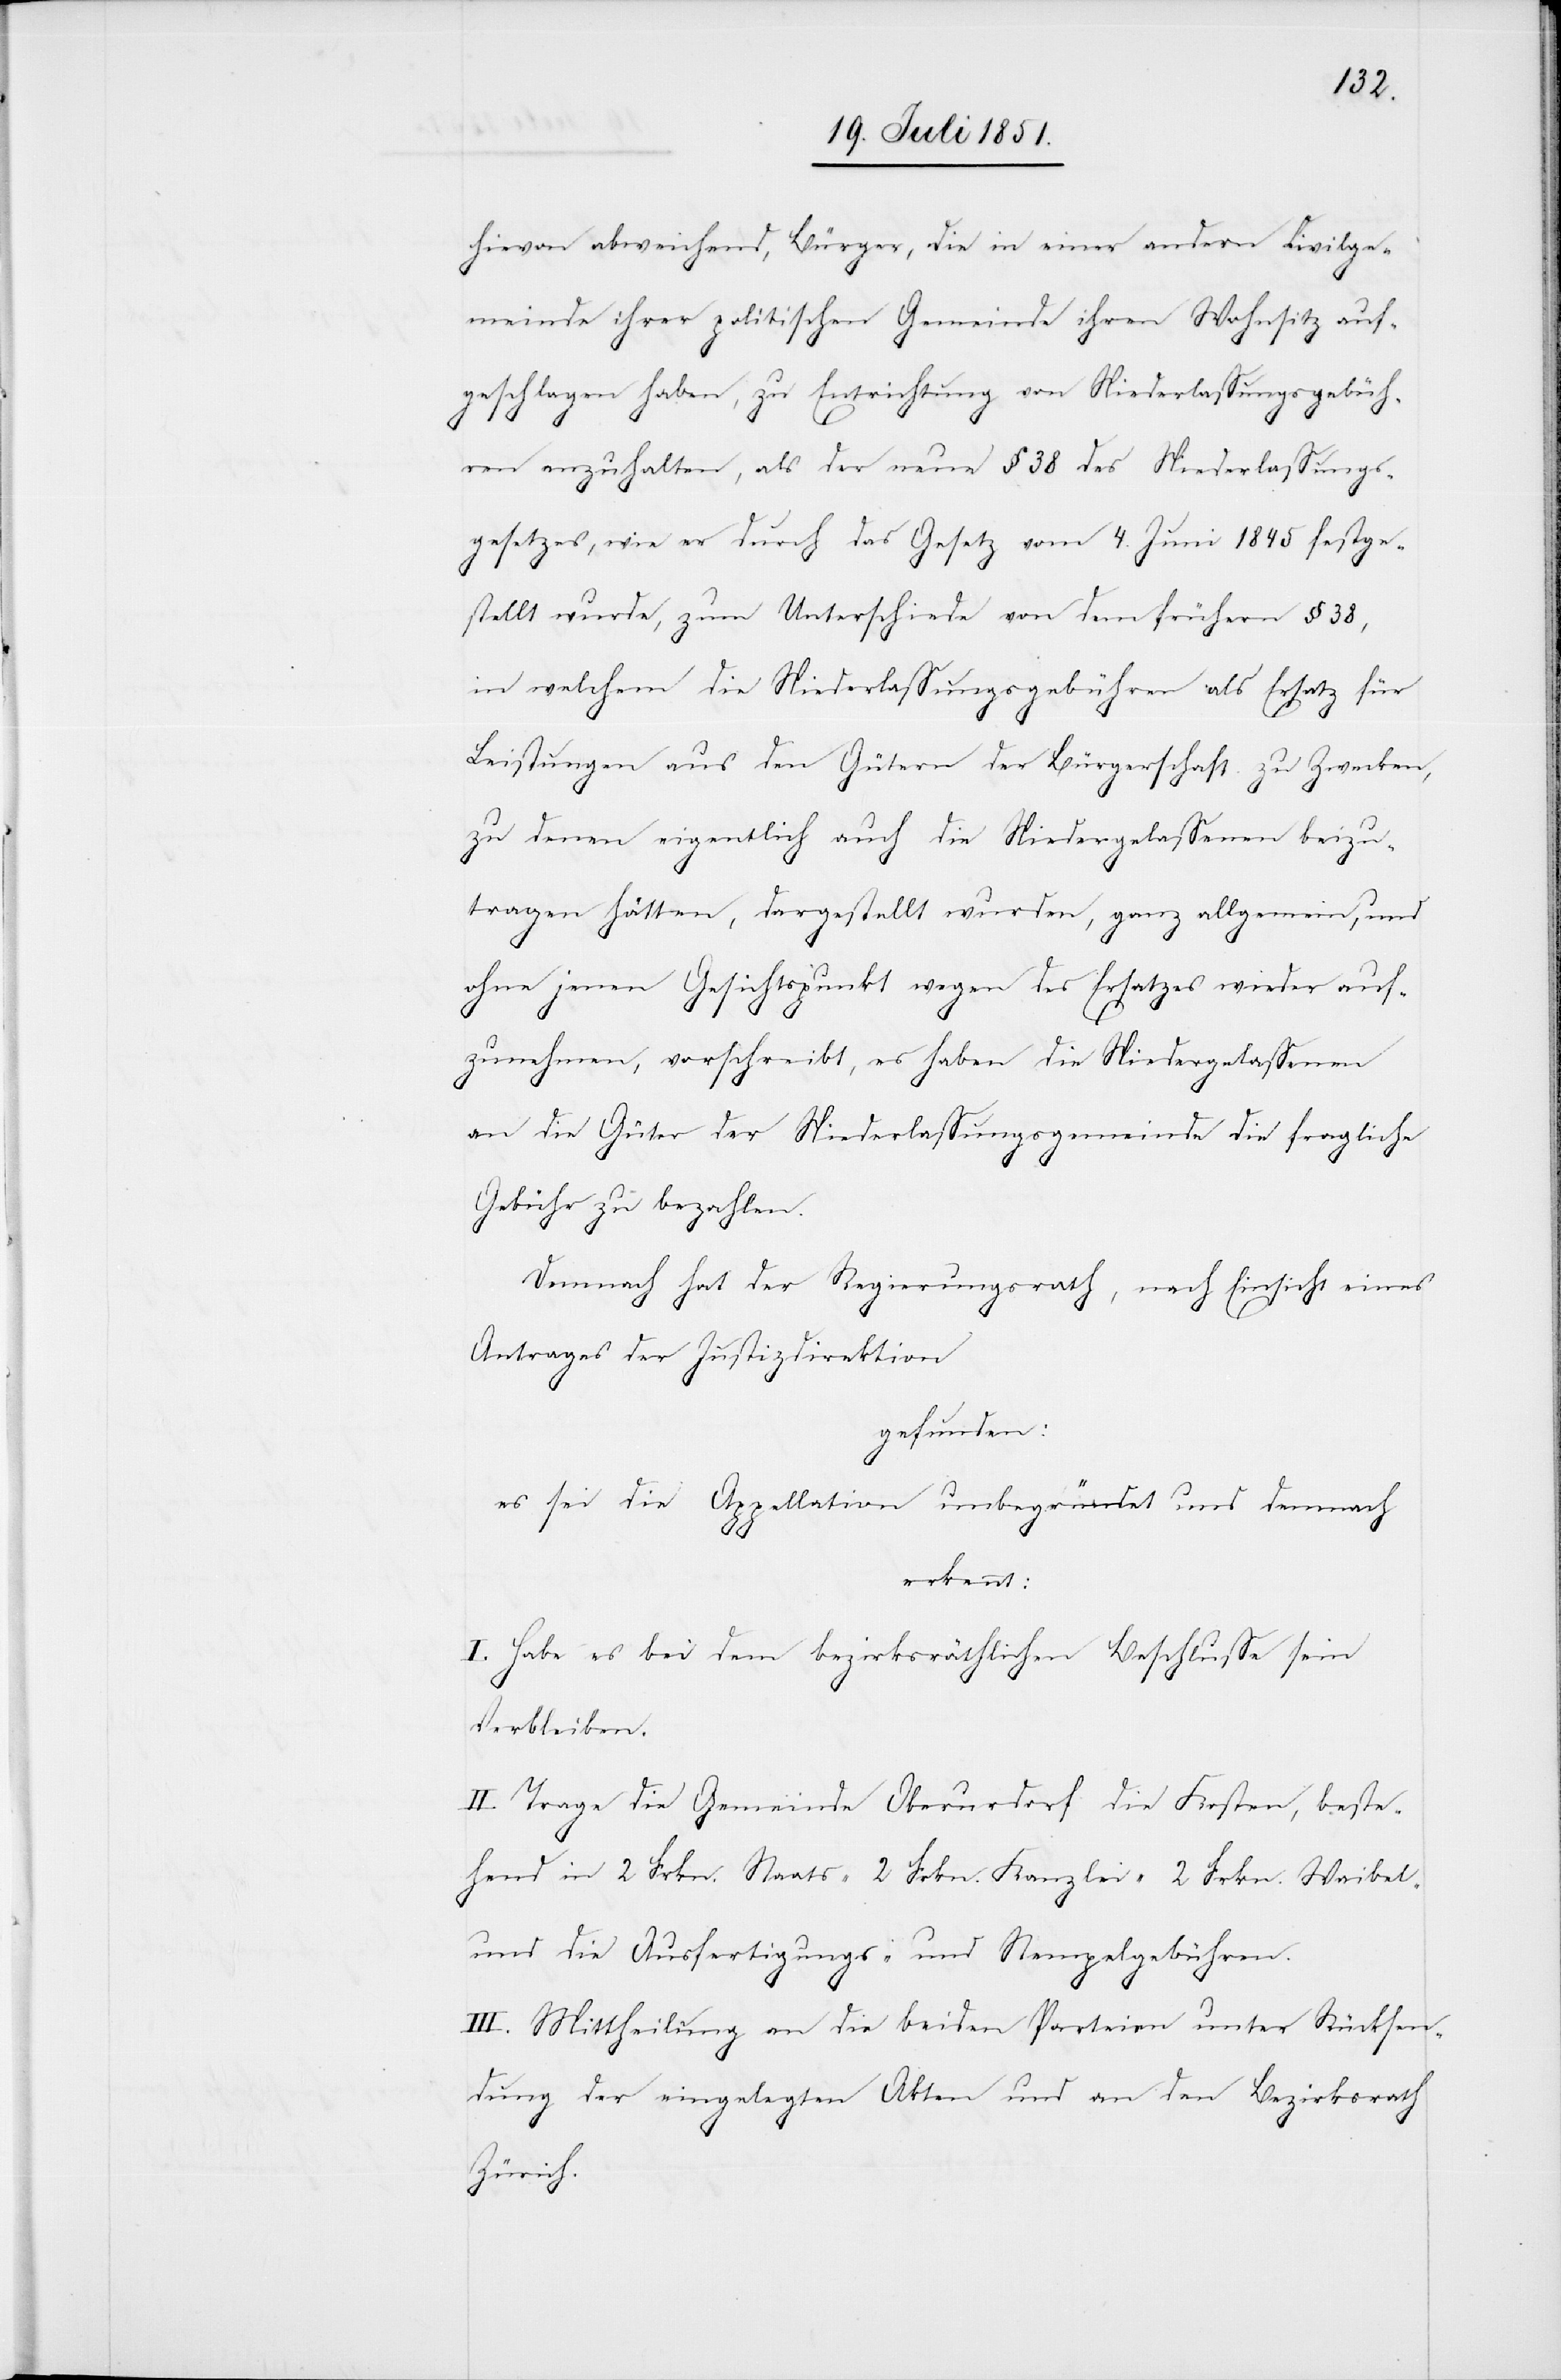
hievon abweichend, Bürger, die in einer andern Civilge¬
meinde ihrer politischen Gemeinde ihren Wohnsitz auf¬
geschlagen haben, zu Entrichtung von Niederlassungsgebüh¬
ren anzuhalten, als der neue § 38 des Niederlassungs¬
gesetzes, wie er durch das Gesetz vom 4. Juni 1845 festge¬
stellt wurde, zum Unterschiede von dem frühern § 38,
in welchem die Niederlassungsgebühren als Ersatz für
Leistungen aus den Gütern der Bürgerschaft zu Zwecken,
zu denen eigentlich auch die Niedergelassenen beizu¬
tragen hätten, dargestellt wurden, ganz allgemein, und
ohne jenen Gesichtpunkt wegen des Ersatzes wieder auf¬
zunehmen, vorschreibt, es haben die Niedergelassenen
an die Güter der Niederlassungsgemeinde die fragliche
Gebühr zu bezahlen.
Demnach hat der Regierungsrath, nach Einsicht eines
Antrages der Justizdirektion
gefunden:
es sei die Appellation unbegründet und demnach
erkennt:
I. Habe es bei dem bezirksräthlichen Beschlusse sein
Verbleiben.
II. Trage die Gemeinde Oberurdorf die Kosten, beste¬
hend in 2 Frkn. Staats-[,] 2 Frkn. Kanzlei-[,] 2 Frkn. Waibel-
und die Ausfertigungs- und Stempelgebühren.
III. Mittheilung an die beiden Parteien unter Rücksen¬
dung der eingelegten Akten und an den Bezirksrath
Zürich.